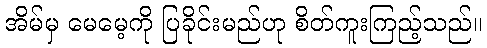
အိမ်မှ မေမေ့ကို ပြခိုင်းမည်ဟု စိတ်ကူးကြည့်သည်။